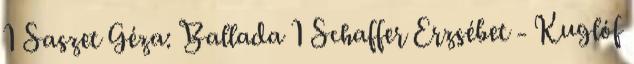
1 Saszet Géza: Ballada 1 Schaffer Erzsébet - Kuglóf